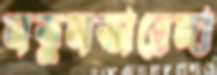
নতুনভারেঙ্গা